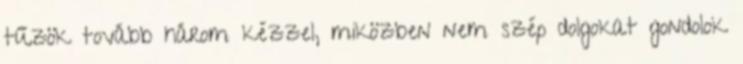
tűzök tovább három kézzel, miközben nem szép dolgokat gondolok